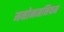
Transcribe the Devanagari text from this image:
मनोनमनियम